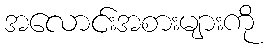
အလောင်းအစားများကို